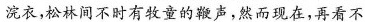
浣衣，松林间不时有牧童的鞭声，然而现在，再看不